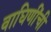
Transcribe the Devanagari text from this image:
वाघिणींची